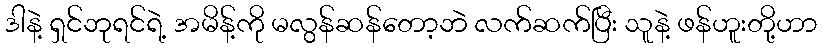
ဒါနဲ့ ရှင်ဘုရင်ရဲ့ အမိန့်ကို မလွန်ဆန်တော့ဘဲ လက်ဆက်ပြီး သူနဲ့ ဖန်ဟူးတို့ဟာ